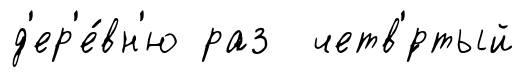
д'ер'е́вн'ю раз четв'́ртый